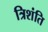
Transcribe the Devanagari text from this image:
त्रिशंति